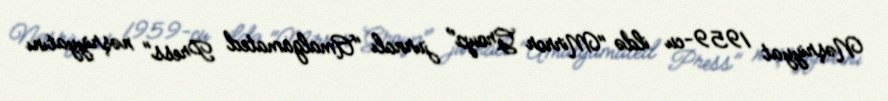
Nəşriyyat 1959-cu ildə "Mirror Group" jurnalı "Amalgamated Press" nəşriyyatını